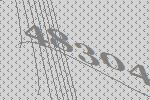
48304